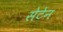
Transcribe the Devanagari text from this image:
सेटेन